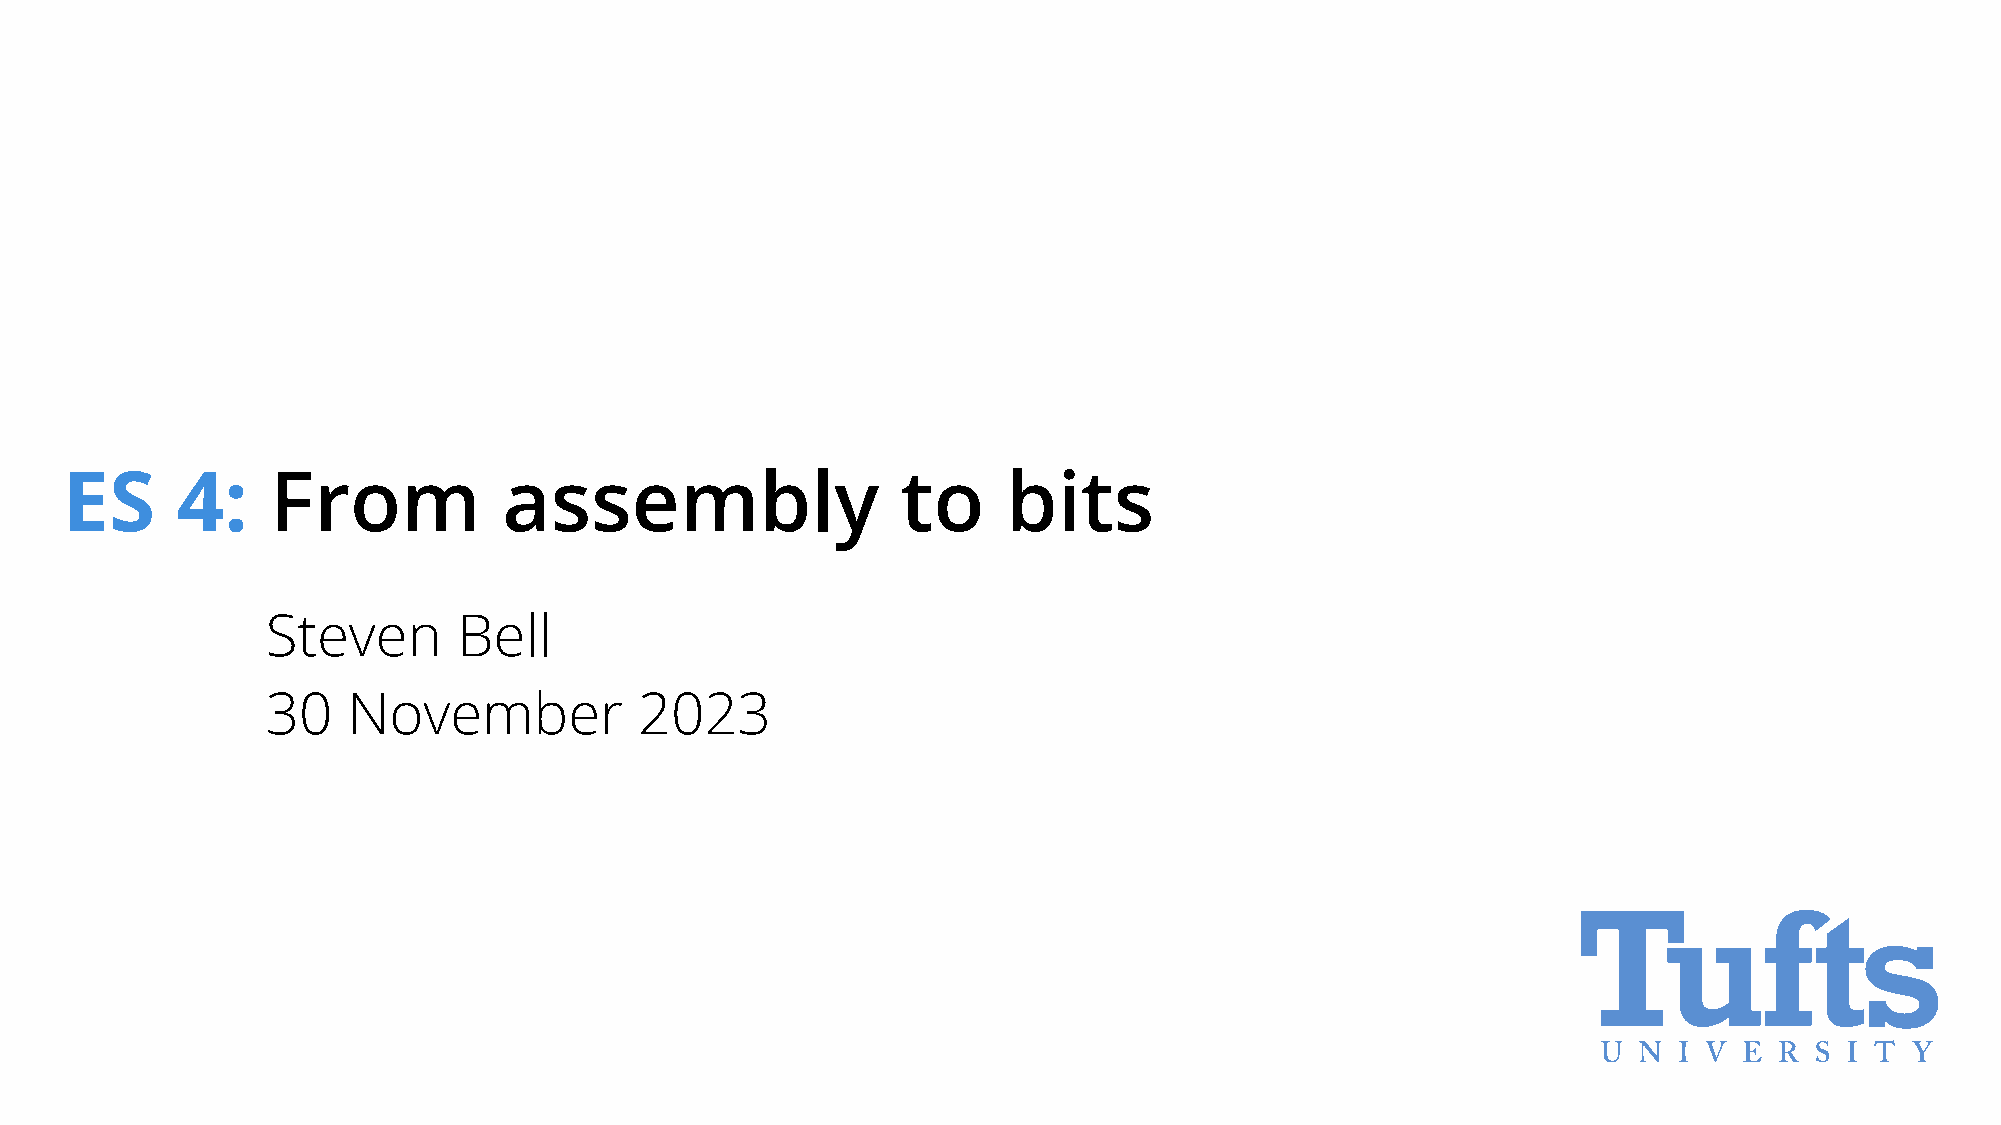
ES      4:    From           assembly                   to     bits
 Steven      Bell
 30   November           2023